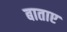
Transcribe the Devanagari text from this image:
बाताए